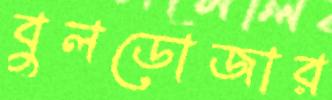
বুলডোজার